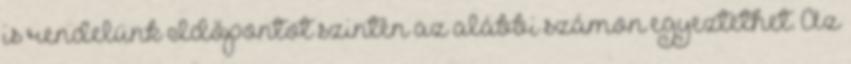
is rendelünk Időpontot szintén az alábbi számon egyeztethet. Az